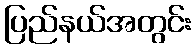
ပြည်နယ်အတွင်း